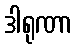
ဒါရုဏာ